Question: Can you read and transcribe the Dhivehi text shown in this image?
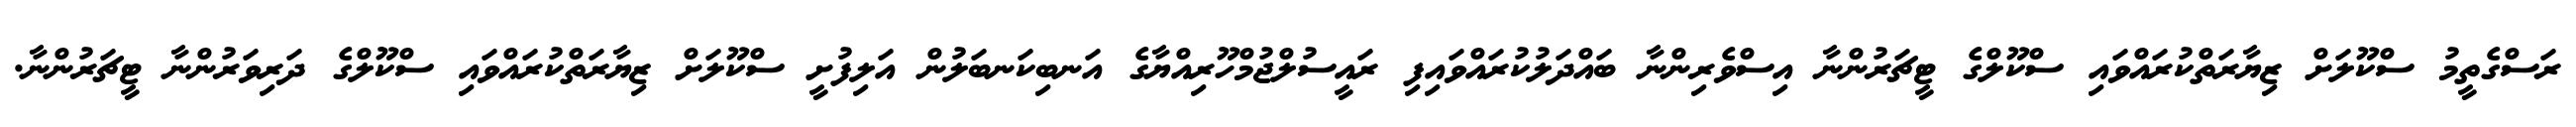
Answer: ރަސްގެތީމު ސްކޫލަށް ޒިޔާރަތްކުރައްވައި ސްކޫލްގެ ޓީޗަރުންނާ އިސްވެރިންނާ ބައްދަލުކުރައްވައިފި ރައީސުލްޖުމްހޫރިއްޔާގެ އަނބިކަނބަލުން އަލިފުށީ ސްކޫލަށް ޒިޔާރަތްކުރައްވައި ސްކޫލްގެ ދަރިވަރުންނާ ޓީޗަރުންނާ.